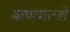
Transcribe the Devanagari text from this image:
कप्प्यातले